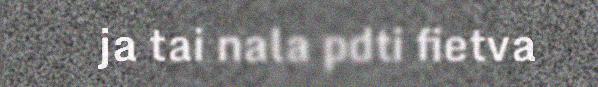
ja tai nala pdti fietva